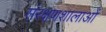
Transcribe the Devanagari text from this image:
संरक्षणशालाओं